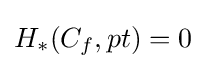
H_{*}(C_{f},pt)=0